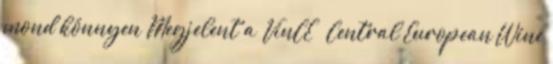
mond könnyen Megjelent a VinCE – Central European Wine